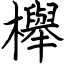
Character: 櫸